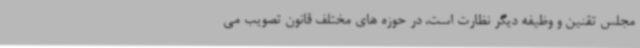
مجلس تقنین و وظیفه دیگر نظارت است، در حوزه های مختلف قانون تصویب می